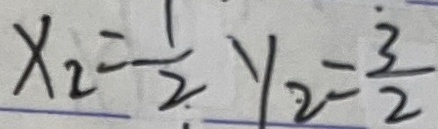
x _ { 2 } = \frac { 1 } { 2 } y _ { 2 } = \frac { 3 } { 2 }